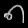
Digit: ၈